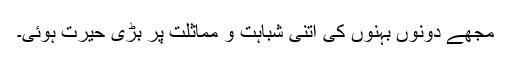
مجھے دونوں بہنوں کی اتنی شباہت و مماثلت پر بڑی حیرت ہوئی۔